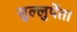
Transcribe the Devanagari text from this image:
सुल्लुर्पेता